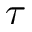
\tau